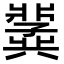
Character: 𫤵